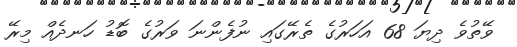
ވޭތުވެ ދިޔަ 68 އަހަރުގެ ތެރޭގައި ނުފެންނަ ވަރުގެ ބޮޑު ހަނދެއް މިރޭ